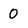
Character: 0